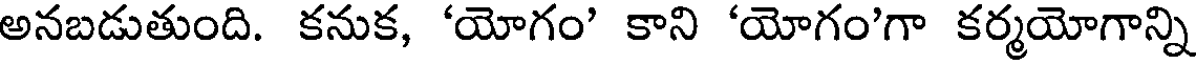
అనబడుతుంది. కనుక, 'యోగం' కాని 'యోగం'గా కర్మయోగాన్ని